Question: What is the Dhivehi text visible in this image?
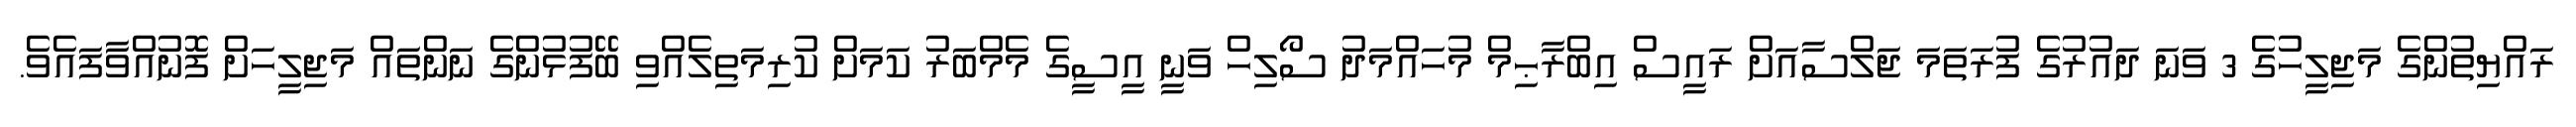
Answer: ރައްޔިތުންގެ މަޖިލީހުގެ 3 ވަނަ ދައުރުގެ ފުރަތަމަ ޖަލްސާއަށް ރައީސް އިބްރާޙިމް މުހައްމަދު ސޯލިހް ވަނީ އީސީގެ މެމްބަރު ކަމަށް ކުރިމަތިލެއްވި ބޭފުޅުންގެ ނަންތައް މަޖިލީހަށް ފޮނުއްވާފައެވެ.